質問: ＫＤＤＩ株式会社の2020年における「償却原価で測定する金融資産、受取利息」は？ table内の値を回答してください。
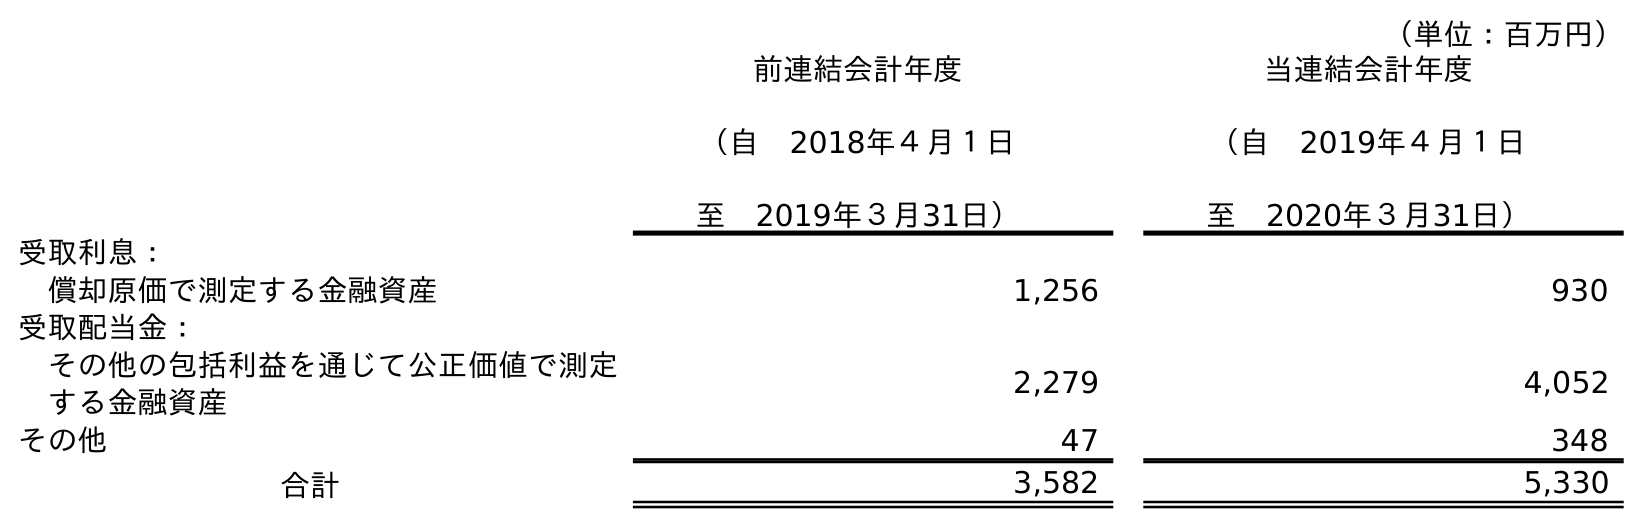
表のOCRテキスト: （単位：百万円） 前連結会計年度 （自 2018年４月１日 至 2019年３月31日） 当連結会計年度 （自 2019年４月１日 至 2020年３月31日） 受取利息： 償却原価で測定する金融資産 1,256 930 受取配当金： その他の包括利益を通じて公正価値で測定 する金融資産 2,279 4,052 その他 47 348 合計 3,582 5,330
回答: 930